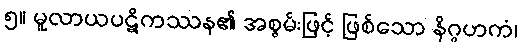
၅။ မူလာယပဋိကဿန၏ အစွမ်းဖြင့် ဖြစ်သော နိဂ္ဂဟကံ၊